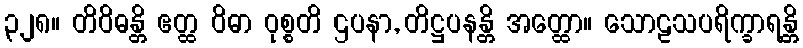
၃၂၈။ တိဝိဓန္တိ ဧတ္ထ ဝိဓာ ဝုစ္စတိ ဌပနာ, တိဋ္ဌပနန္တိ အတ္ထော။ သောဠသပရိက္ခာရန္တိ